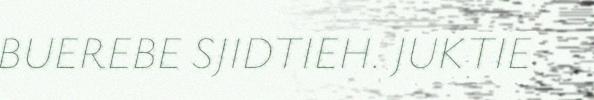
BUEREBE SJIDTIEH. JUKTIE